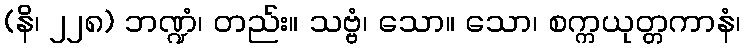
(နိ၊ ၂၂၈) ဘဏ္ဍံ၊ တည်း။ သဗ္ဗံ၊ သော။ သော၊ စက္ကယုတ္တကာနံ၊